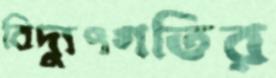
বিদ্যুৎগতির